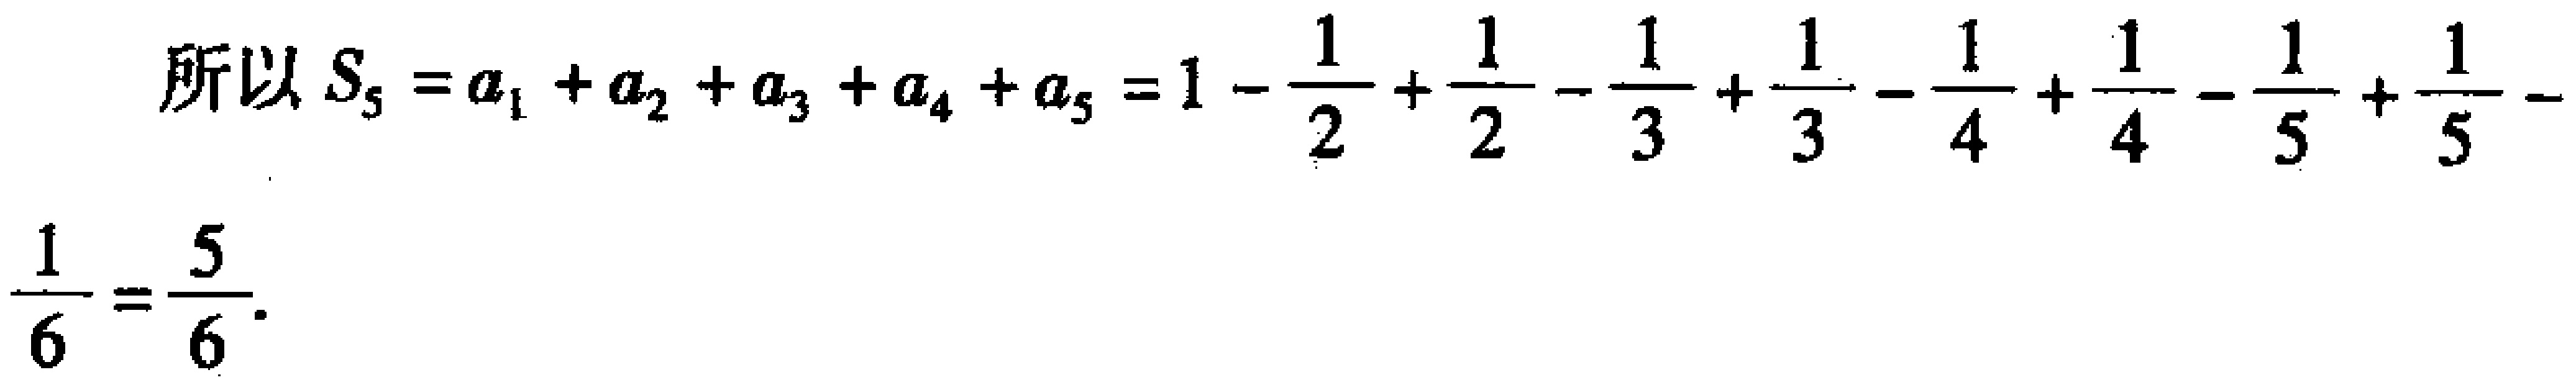
\[
\begin{align*}
\text{所以}S_{5}&=a_{1}+a_{2}+a_{3}+a_{4}+a_{5}=1 - \frac{1}{2}+\frac{1}{2}-\frac{1}{3}+\frac{1}{3}-\frac{1}{4}+\frac{1}{4}-\frac{1}{5}+\frac{1}{5}-\frac{1}{6}\\
\frac{1}{6}&=\frac{5}{6}
\end{align*}
\]